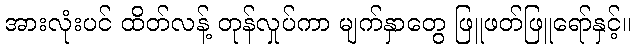
အားလုံးပင် ထိတ်လန့် တုန်လှုပ်ကာ မျက်နှာတွေ ဖြူဖတ်ဖြူရော်နှင့်။